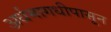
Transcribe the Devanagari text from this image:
अर्धमागधीपासून